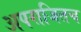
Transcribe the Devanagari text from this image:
अपराजितच